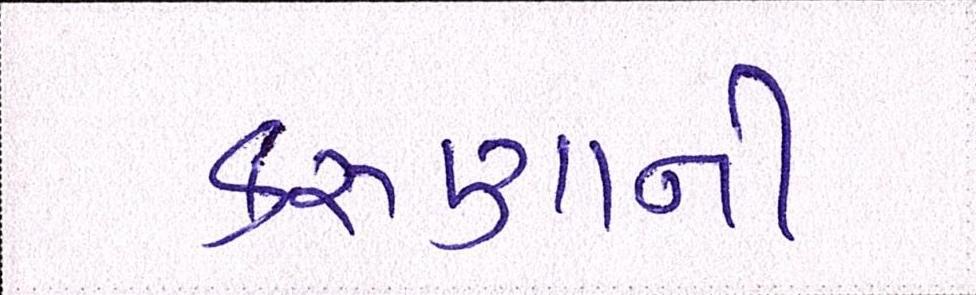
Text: કરુણાની